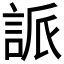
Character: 𮘌